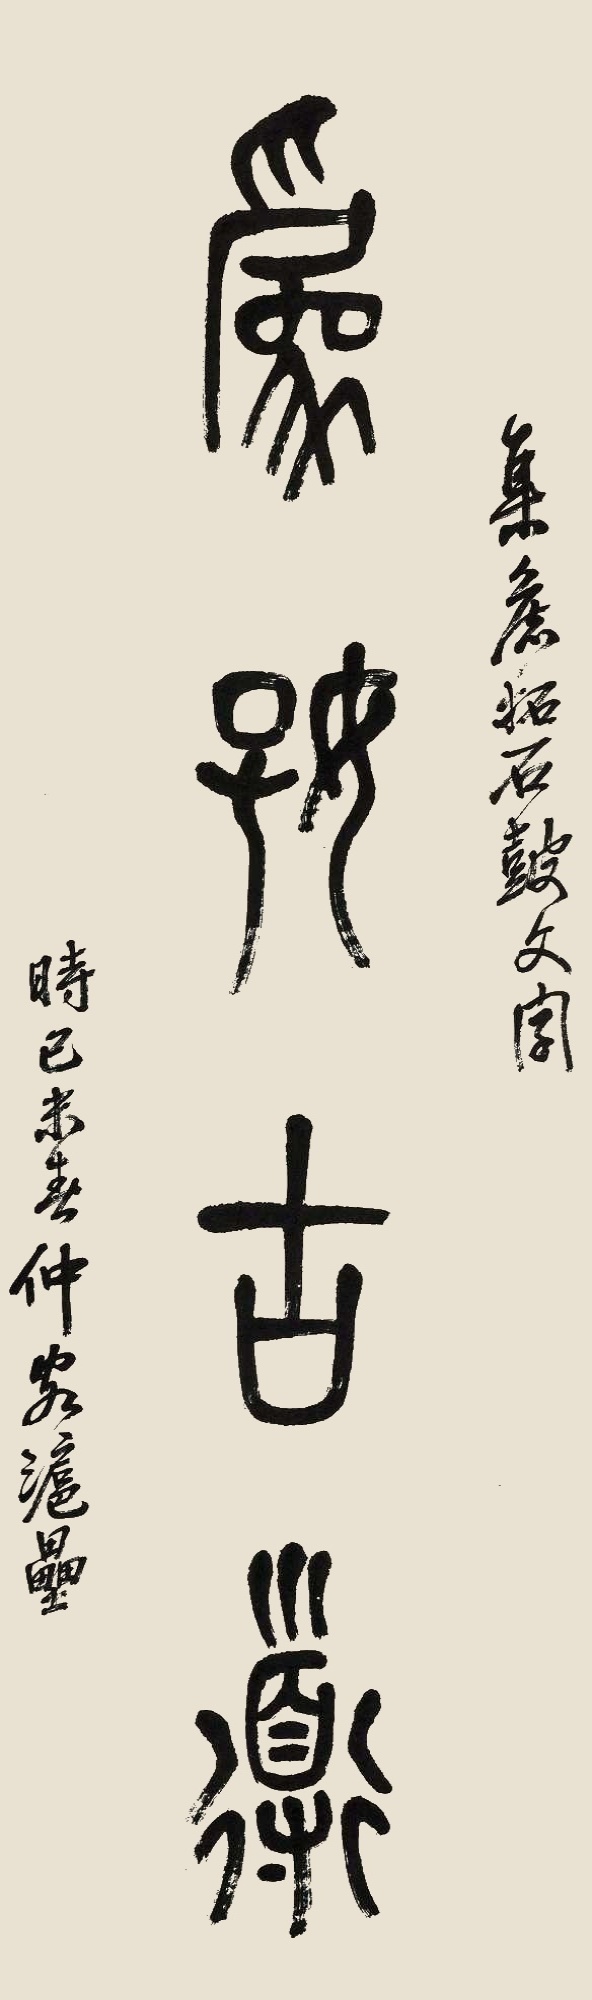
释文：为好古道。集旧拓石鼓文字，时己未春仲客沪垒。